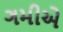
ગમીએ